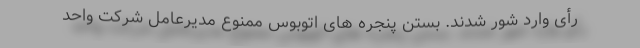
رأی وارد شور شدند. بستن پنجره های اتوبوس ممنوع مدیرعامل شرکت واحد